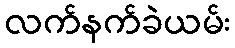
လက်နက်ခဲယမ်း